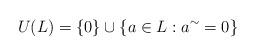
LaTeX: \begin{align*}U(L)=\left\{ 0\right\} \cup\{a\in L:a^{\sim}=0\} \end{align*}